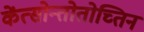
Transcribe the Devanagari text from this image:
केंत्सोन्तोतोच्तिन